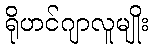
ရိုဟင်ဂျာလူမျိုး